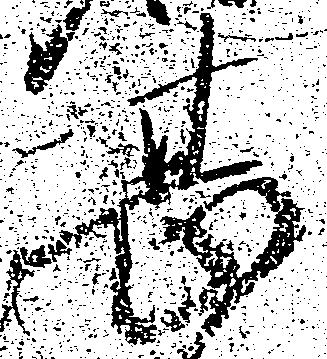
甚